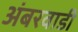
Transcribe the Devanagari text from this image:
अंबरवाडी